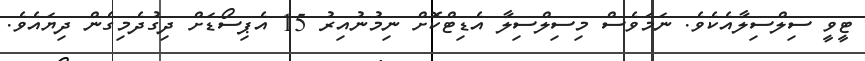
ޓީވީ ސިލްސިލާއެކެވެ. ނަމަވެސް މިސިލްސިލާ އެޑިޓްކޮށް ނިމުނުއިރު 15 އެޕިސޯޑަށް ދިގުދެމިގެން ދިޔައެވެ.